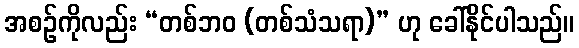
အစဉ်ကိုလည်း “တစ်ဘဝ (တစ်သံသရာ)” ဟု ခေါ်နိုင်ပါသည်။